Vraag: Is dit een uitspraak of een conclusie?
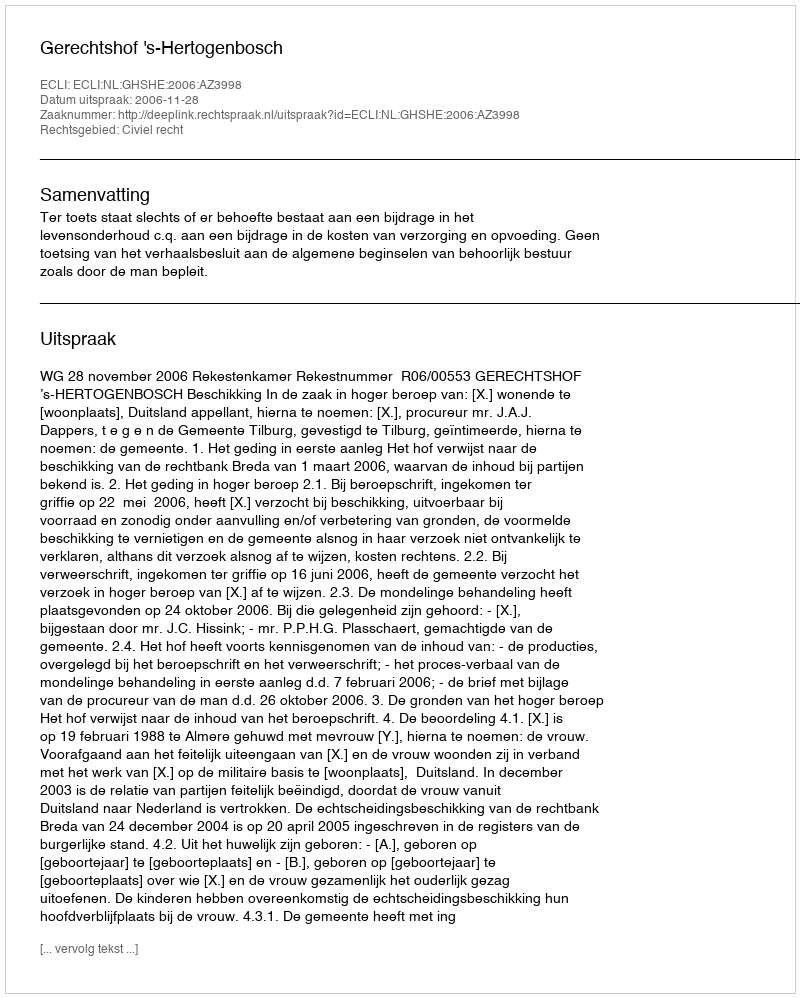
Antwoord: Uitspraak